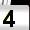
Digit: 4